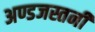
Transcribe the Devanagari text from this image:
अण्डजस्तनी